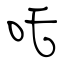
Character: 吒